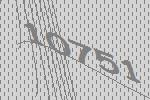
10751